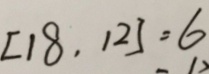
[ 1 8 , 1 2 ] = 6